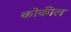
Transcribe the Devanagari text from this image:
कोकील